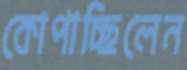
কোপাচ্ছিলেন